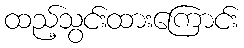
ထည့်သွင်းထားကြောင်း